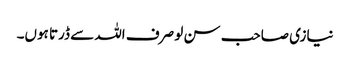
نیازی صاحب سن لو صرف اللہ سے ڈرتا ہوں۔